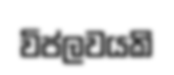
විප්ලවයකි